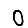
Digit: 0